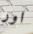
اور